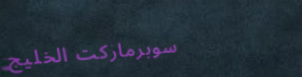
سوبرماركت الخليج